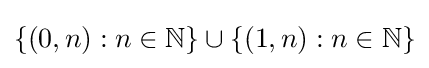
\{(0,n):n\in \mathbb {N} \}\cup \{(1,n):n\in \mathbb {N} \}